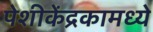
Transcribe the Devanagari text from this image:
पेशीकेंद्रकामध्ये